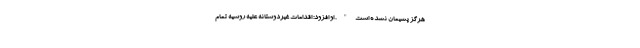
هرگز پشیمان نشده است". او افزود: اقدامات غیردوستانه علیه روسیه تمام